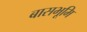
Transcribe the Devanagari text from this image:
बासभूमि